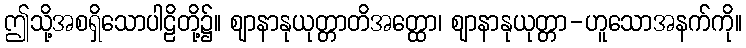
ဤသို့အစရှိသောပါဠိတို့၌။ ဈာနာနုယုတ္တာတိအတ္ထော၊ ဈာနာနုယုတ္တာ-ဟူသောအနက်ကို။